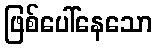
ဖြစ်ပေါ်နေသော